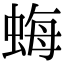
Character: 𧋟